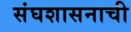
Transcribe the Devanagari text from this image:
संघशासनाची